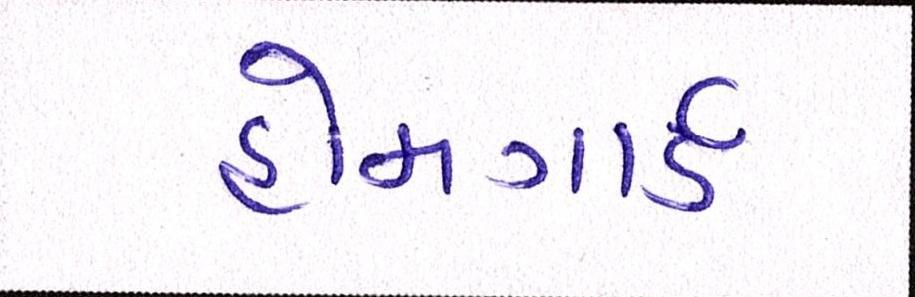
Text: હોમગાર્ડ